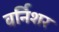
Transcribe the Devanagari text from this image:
वर्निशर